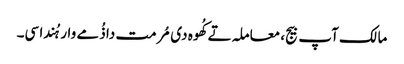
مالک آپ بیج، معاملہ تے کُھوہ دی مُرمت دا ذُمے وار ہُندا سی۔